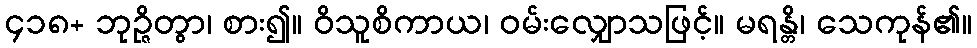
၄၁၈+ ဘုဉ္ဇိတွာ၊ စား၍။ ဝိသူစိကာယ၊ ဝမ်းလျှောသဖြင့်။ မရန္တိ၊ သေကုန်၏။